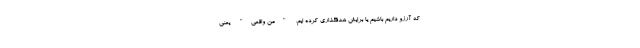
که آرزو داریم باشیم یا برایش هدفگذاری کرده ایم. "منِ واقعی" یعنی